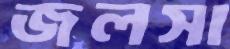
জলসা